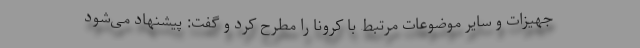
جهیزات و سایر موضوعات مرتبط با کرونا را مطرح کرد و گفت: پیشنهاد می‌شود